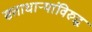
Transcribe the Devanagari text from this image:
सत्ताधाऱ्यांविरुद्ध